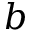
b